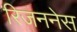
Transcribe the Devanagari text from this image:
रिजननेस